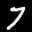
Label: 7